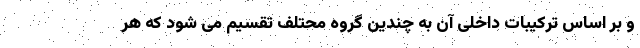
و بر اساس ترکیبات داخلی آن به چندین گروه محتلف تقسیم می شود که هر